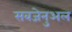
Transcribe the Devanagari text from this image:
सबजेनुअल